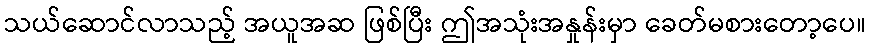
သယ်ဆောင်လာသည့် အယူအဆ ဖြစ်ပြီး ဤအသုံးအနှုန်းမှာ ခေတ်မစားတော့ပေ။